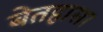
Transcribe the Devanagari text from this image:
बेतहासा